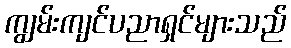
ကျွမ်းကျင်ပညာရှင်များသည်